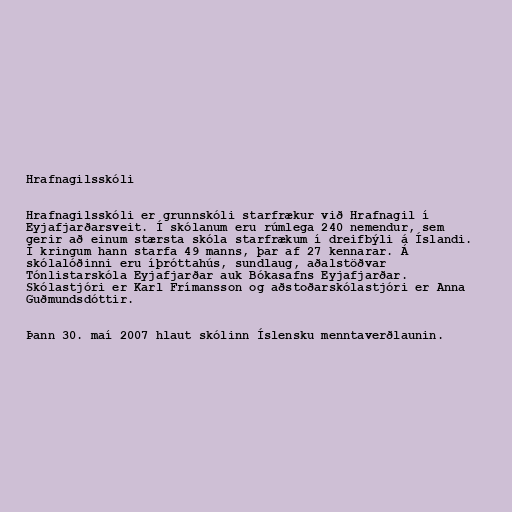
Hrafnagilsskóli

Hrafnagilsskóli er grunnskóli starfrækur við Hrafnagil í
Eyjafjarðarsveit. Í skólanum eru rúmlega 240 nemendur, sem
gerir að einum stærsta skóla starfrækum í dreifbýli á Íslandi.
Í kringum hann starfa 49 manns, þar af 27 kennarar. Á
skólalóðinni eru íþróttahús, sundlaug, aðalstöðvar
Tónlistarskóla Eyjafjarðar auk Bókasafns Eyjafjarðar.
Skólastjóri er Karl Frímansson og aðstoðarskólastjóri er Anna
Guðmundsdóttir.

Þann 30. maí 2007 hlaut skólinn Íslensku menntaverðlaunin.